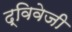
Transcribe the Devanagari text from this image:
द्विवेजी